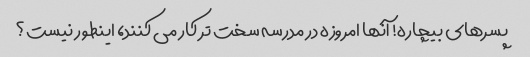
پسرهای بیچاره! آنها امروزه در مدرسه سخت تر کار می کنند، اینطور نیست؟